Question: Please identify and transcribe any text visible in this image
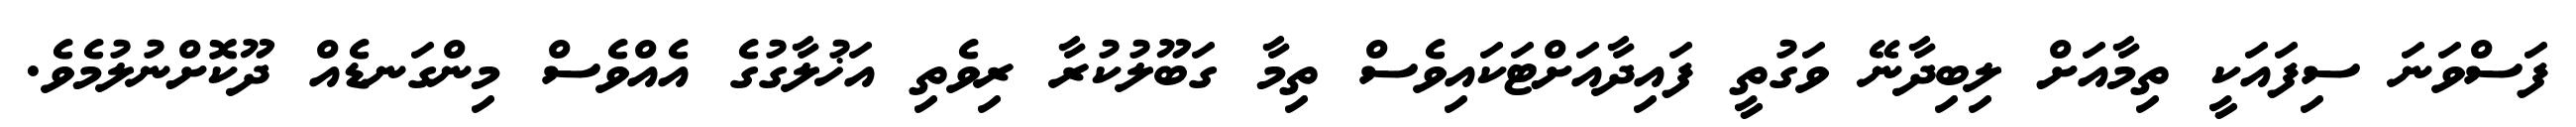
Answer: ފަސްވަނަ ސިފައަކީ ތިމާއަށް ލިބިދާނޭ ވަގުތީ ފައިދާއަށްޓަކައިވެސް ތިމާ ގަބޫލުކުރާ ރިވެތި އަޚުލާގުގެ އެއްވެސް މިންގަނޑެއް ދޫކޮށްނުލުމެވެ.